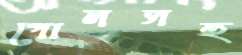
গোলসহ